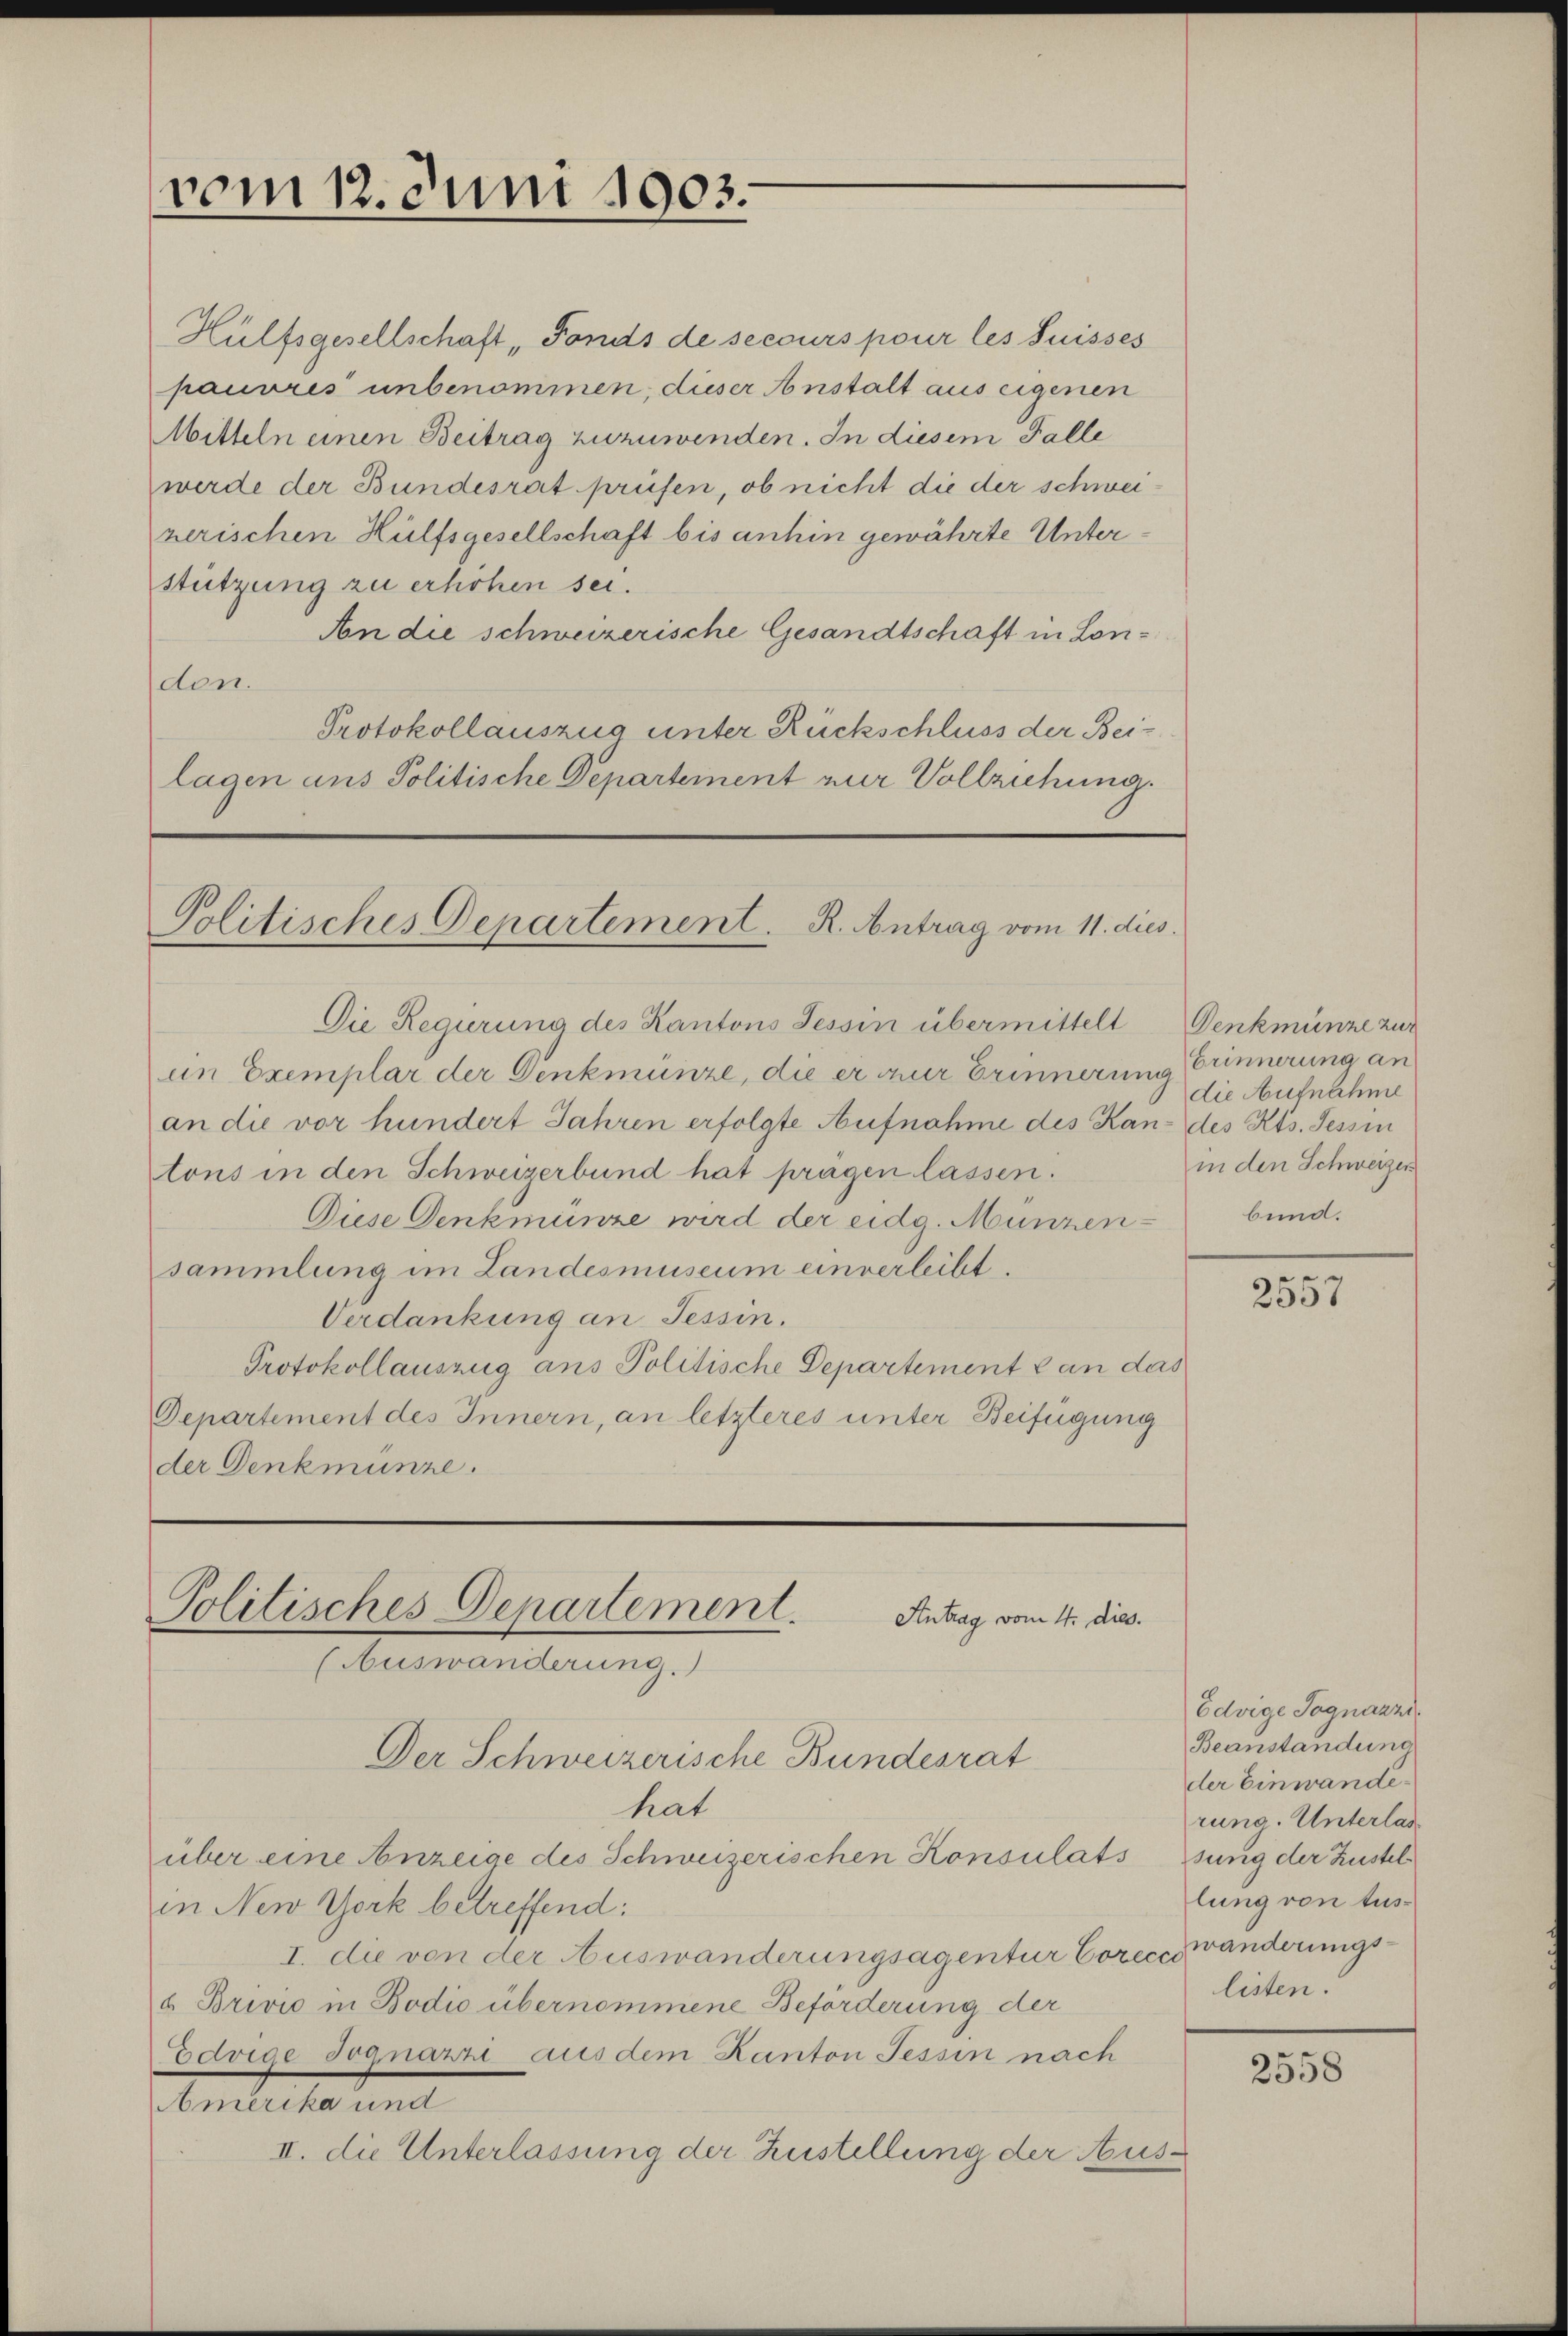
vom 12. Juni 1903.

Politisches Departement. R. Antrag vom 11. dies
Die Regierung des Kantons Tessin übermittelt. Denkmünze zur

Hülfsgesellschaft „Fonds de secours pour les Suisses
pauvres unbenommen, dieser Anstalt aus eigenen
Mitteln einen Beitrag zuzuwenden. In diesem Falle
werde der Bundesrat prüfen, ob nicht die der schweiherischen Hülfsgesellschaft bis anhin gewährte Unterstützung zu erhöhen sei.
An die schweizerische Gesandtschaft in London.
Protokollauszug unter Rückschluss der Beilagen aus Politische Departement zur Vollziehung.

an Exemplar der Denkmünze, die er zur Erinnerung Erinnerung an
an die vor hundert Jahren erfolgte Aufnahme des Kan- des Kts. Tessin
tons in den Schweizerbund hat prägen lassen.
Diese Denkmünze wird der eidg. Münzensammlung im Landesmuseum einverleibt.
Verdankung an Tessin.
Protokollauszug aus Politische Departement van das
Departement des Innern, an letzteres unter Beifügung
der Denkmünze.

Politisches Departement.
Antrag vom 4. dies.
(Auswanderung.)

Der Schweizerische Bundesrat
hat
über eine Anzeige des Schweizerischen Konsulats sung der Kustel
in New York betreffend:
I. die von der Auswanderungsagentur Corecezwänderungs¬
u Brivić in Bodio übernommene Beförderung der
Edrige Jognarii aus dem Kanton Tessin nach
Amerika und
II. die Unterlassung der Zustellung der Aus¬

die Aufnahme
in den Schweizer
bund.

e
2531

Edvige Sognazzi
Beanstandung
der Einwande
rung. Unterlas
lung von Auslisten.

2558